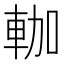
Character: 𰹐